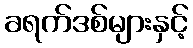
ခရက်ဒစ်များနှင့်